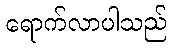
ရောက်လာပါသည်